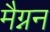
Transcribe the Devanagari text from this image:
मैग्नन